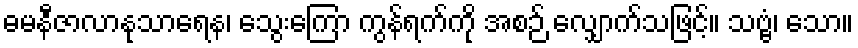
ဓမနီဇာလာနုသာရေန၊ သွေးကြော ကွန်ရက်ကို အစဉ် လျှောက်သဖြင့်။ သဗ္ဗံ၊ သော။